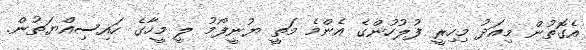
އެގޮތުން މިއަދު މިހިރީ ފުލުހުންގެ އެންމެ މަތީ ޔުނީފޯމު ލީ މީހާގެ ހައިސިއްޔަތުން.